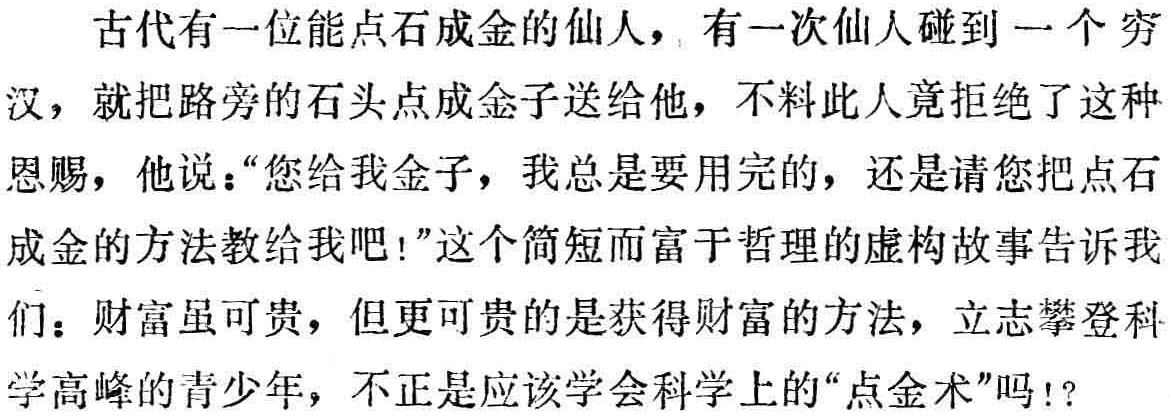
古代有一位能点石成金的仙人，有一次仙人碰到一个穷
汉，就把路旁的石头点成金子送给他，不料此人竟拒绝了这种
恩赐，他说：“您给我金子，我总是要用完的，还是请您把点石
成金的方法教给我吧!”这个简短而富于哲理的虚构故事告诉我
们：财富虽可贵，但更可贵的是获得财富的方法，立志攀登科
学高峰的青少年，不正是应该学会科学上的“点金术”吗!?